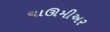
ચાઊમીઅર